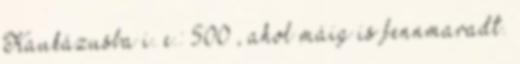
Kaukázusba i. e.: 500 , ahol máig is fennmaradt.